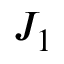
J _ { 1 }